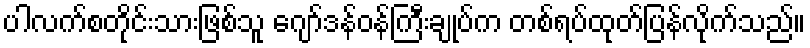
ပါလက်စတိုင်းသားဖြစ်သူ ဂျော်ဒန်ဝန်ကြီးချုပ်က တစ်ရပ်ထုတ်ပြန်လိုက်သည်။